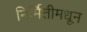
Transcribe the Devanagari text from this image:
निर्मितीमधून